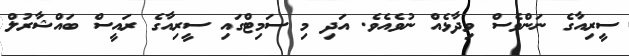
ސީރިއާގެ ނަންވެސް ވިދާޅެއް ނުވެއެވެ. އަދި މި ސަމިޓްގައި ސީރިއާގެ ރައީސް ބައްޝާރުލް